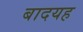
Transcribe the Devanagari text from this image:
बादयह